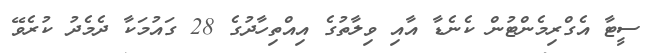
ސީޓާ އެގްރިމެންޓުން ކެނެޑާ އާއި ވިލާތުގެ އިއްތިހާދުގެ 28 ގައުމަކާ ދެމެދު ކުރެވޭ